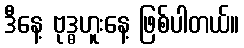
ဒီနေ့ ဗုဒ္ဓဟူးနေ့ ဖြစ်ပါတယ်။